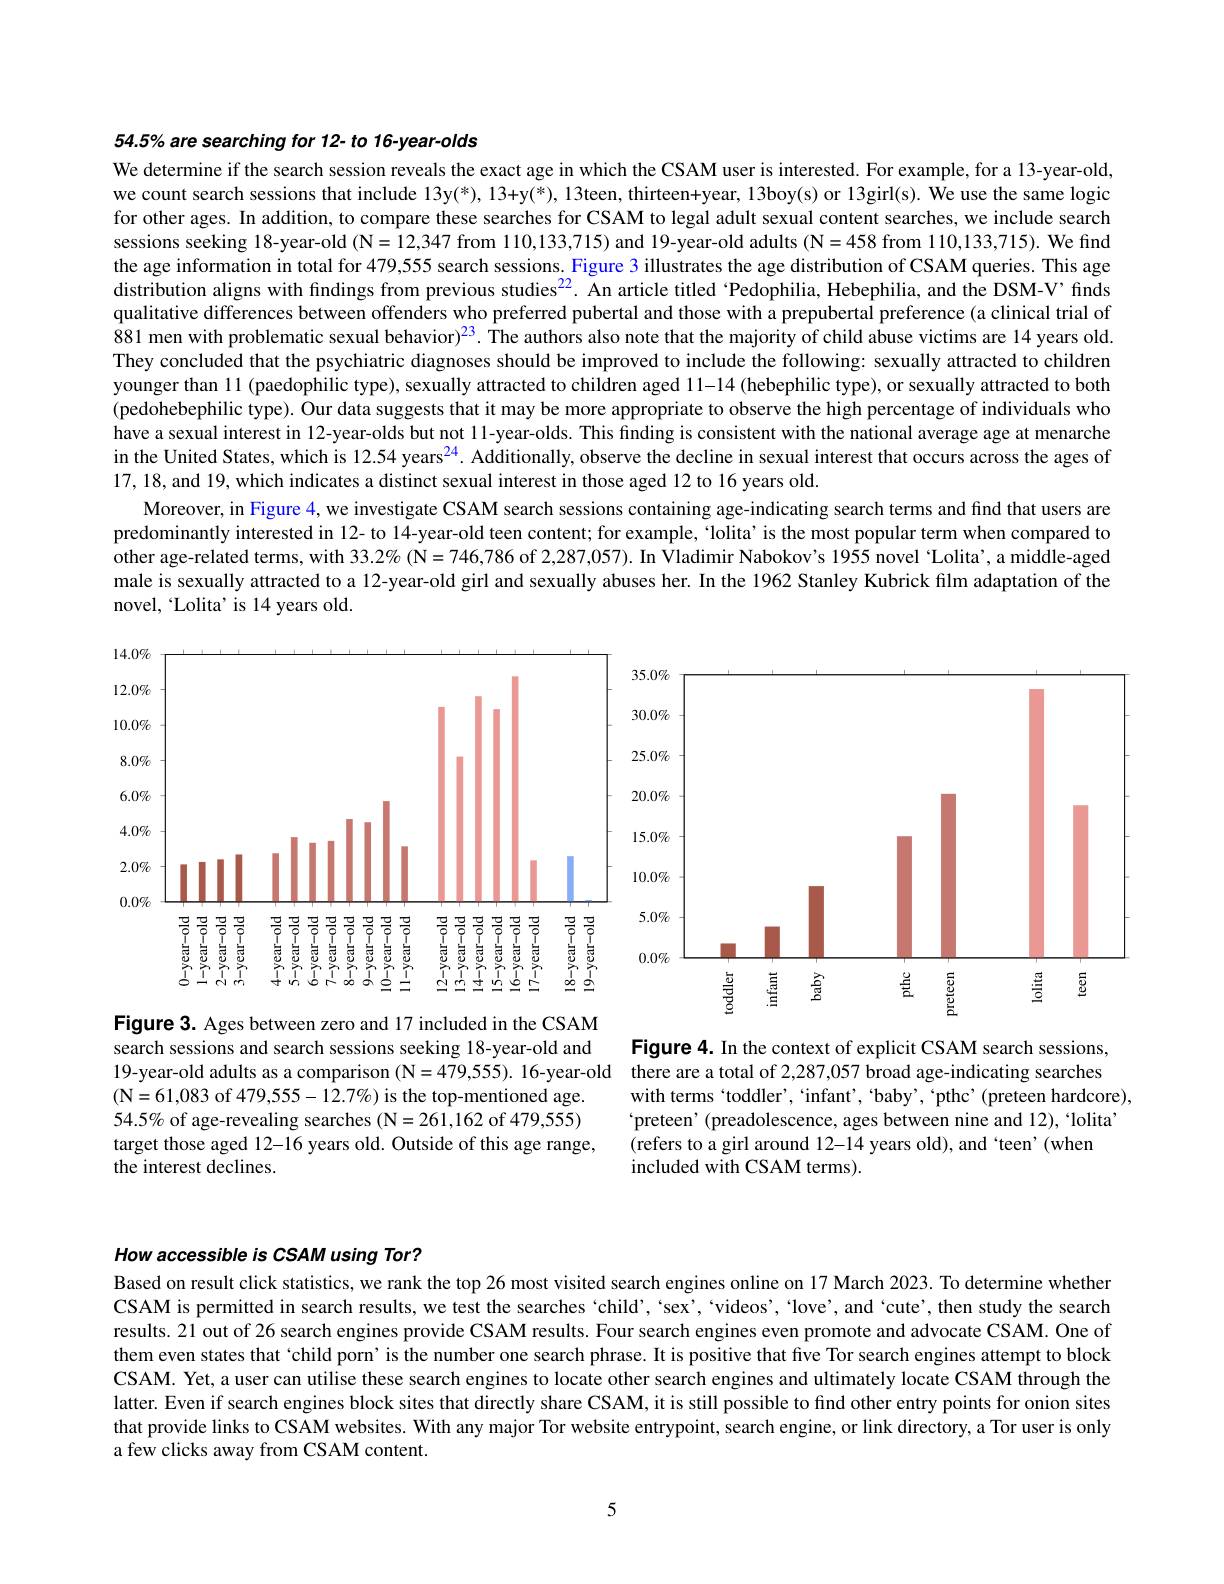
54.5% are searching for 12- to 16-year-olds
We determine if the search session reveals the exact age in which the CSAM user is interested. For example, for a 13-year-old, we count search sessions that include 13y(*),13+y(*),13teen, thirteen+year, 13boy(s) or 13girl(s). We use the same logic for other ages. In addition, to compare these searches for CSAM to legal adult sexual content searches, we include search sessions seeking 18-year-old (N=12,347 from 110,133,715) and 19-year-old adults (N=458 from 110,133,715). We find the age information in total for 479,555 search sessions. Figure 3 illustrates the age distribution of CSAM queries. This age distribution aligns with fındings from previous studies$^{22}$. An article titled 'Pedophilia, Hebephilia, and the DSM-V’ finds qualitative differences between offenders who preferred pubertal and those with a prepubertal preference (a clinical trial of 881 men with problematic sexual behavior)$^{23}.$ The authors also note that the majority of child abuse victims are 14 years old. They concluded that the psychiatric diagnoses should be improved to include the following: sexually attracted to children younger than 11 (paedophilic type), sexually attracted to children aged 11-14 (hebephilic type), or sexually attracted to both (pedohebephilic type). Our data suggests that it may be more appropriate to observe the high percentage of individuals who have a sexual interest in 12-year-olds but not ll-year-olds. This finding is consistent with the national average age at menarche in the United States, which is 12.54 years$^{24}$. Additionally, observe the decline in sexual interest that occurs across the ages of 17,18,and 19, which indicates a distinct sexual interest in those aged 12 to 16 years old.
Moreover, in Figure 4, we investigate CSAM search sessions containing age-indicating search terms and find that users are predominantly interested in 12- to 14-year-old teen content; for example, 'lolita’ is the most popular term when compared to other age-related terms, with $33. 2\% ( \dot{\mathbb{N} } = 746, 786$ of 2,287,057). In Vladimir Nabokov's 1955 novel "Lolita’, a middle-aged male is sexually attracted to a 12-year-old girl and sexually abuses her. In the 1962 Stanley Kubrick film adaptation of the novel, 'Lolita' is 14 years old.

<FigureHere>

search sessions and search sessions seeking 18-year-old and
19-year-old adults as a comparison (N=479,555). 16-year-old there are a total of 2,287,057 broad age-indicating searches
(N= 61, 083 of 479, 555- 12. 7$\%$) is the top- mentioned age. $54.5\%$ of age-revealing searches (N=261,162 of 479,555) target those aged 12-16 years old. Outside of this age range, the interest declines.

Figure 4. In the context of explicit CSAM search sessions,
with terms 'toddler', 'infant', 'baby', 'pthc'(preteen hardcore), $`$preteen' (preadolescence, ages between nine and 12),“lolita’ (refers to a girl around 12-14 years old), and `teen'(when
included with CSAM terms).

How accessible is CSAM using Tor?

Based on result click statistics, we rank the top 26 most visited search engines online on 17 March 2023. To determine whether CSAM is permitted in search results, we test the searches `child', 'sex', `videos', 'love', and 'cute', then study the search results. 21 out of 26 search engines provide CSAM results. Four search engines even promote and advocate CSAM. One of them even states that `child porn' is the number one search phrase. It is positive that five Tor search engines attempt to block CSAM. Yet, a user can utilise these search engines to locate other search engines and ultimately locate CSAM through the latter. Even if search engines block sites that directly share CSAM, it is still possible to find other entry points for onion sites that provide links to CSAM websites. With any major Tor website entrypoint, search engine, or link directory, a Tor user is only a few clicks away from CSAM content.

5